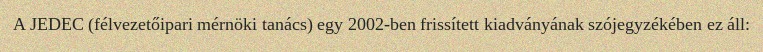
A JEDEC (félvezetőipari mérnöki tanács) egy 2002-ben frissített kiadványának szójegyzékében ez áll: